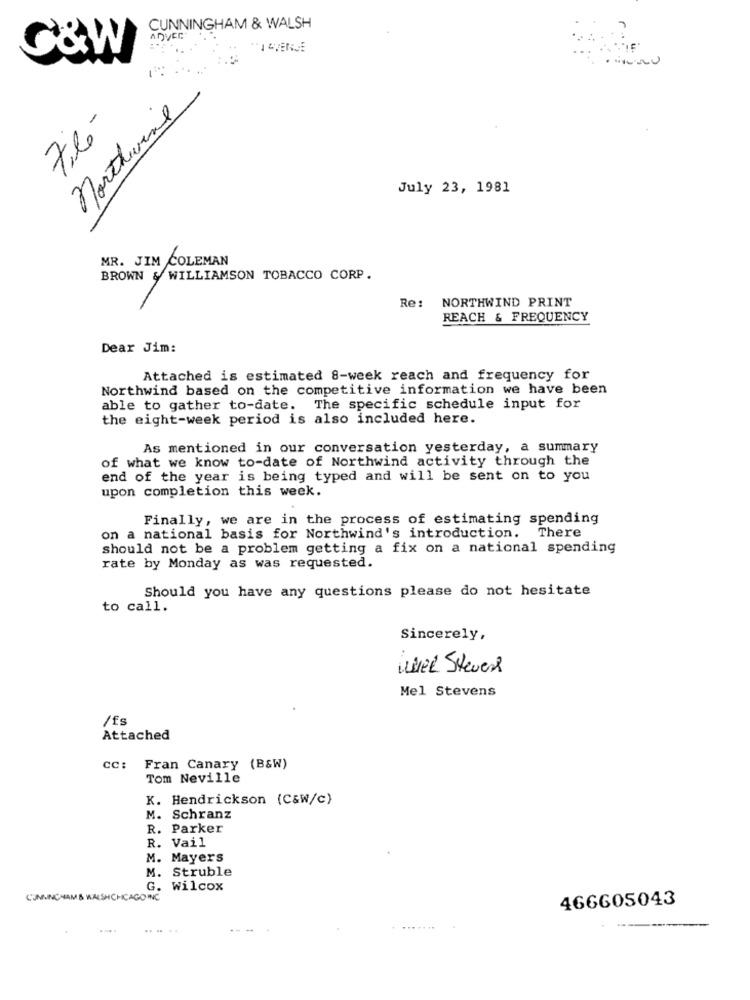
CUNNINGHAM & WALSH
ADVER
C&W
northwind
Filo-
July 23, 1981
MR. JIM COLEMAN
BROWN & WILLIAMSON TOBACCO CORP.
Re: NORTHWIND PRINT
REACH & FREQUENCY
Dear Jim:
Attached is estimated 8-week reach and frequency for
Northwind based on the competitive information we have been
able to gather to-date. The specific schedule input for
the eight-week period is also included here.
As mentioned in our conversation yesterday, a summary
of what we know to-date of Northwind activity through the
end of the year is being typed and will be sent on to you
upon completion this week.
Finally, we are in the process of estimating spending
on a national basis for Northwind's introduction. There
should not be a problem getting a fix on a national spending
rate by Monday as was requested.
Should you have any questions please do not hesitate
to call.
Sincerely,
Wuer Stevens
Mel Stevens
/fs
Attached
cc:
Fran Canary (B&W)
Tom Neville
K. Hendrickson (C&W/c)
M. Schranz
R. Parker
R. Vail
M. Mayers
M. Struble
G. Wilcox
C'UMINCHAM & WALSHCHICAGO INC
466605043
.. ..